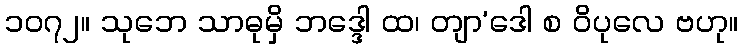
၁၀၇၂။ သုဘေ သာဓုမှိ ဘဒ္ဒေါ ထ၊ တျာ’ဒေါ စ ဝိပုလေ ဗဟု။